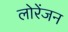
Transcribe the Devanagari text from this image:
लोरेंजन